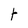
Character: t